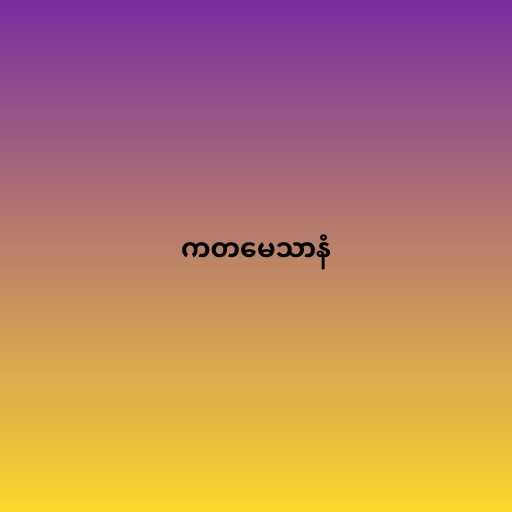
ကတမေသာနံ